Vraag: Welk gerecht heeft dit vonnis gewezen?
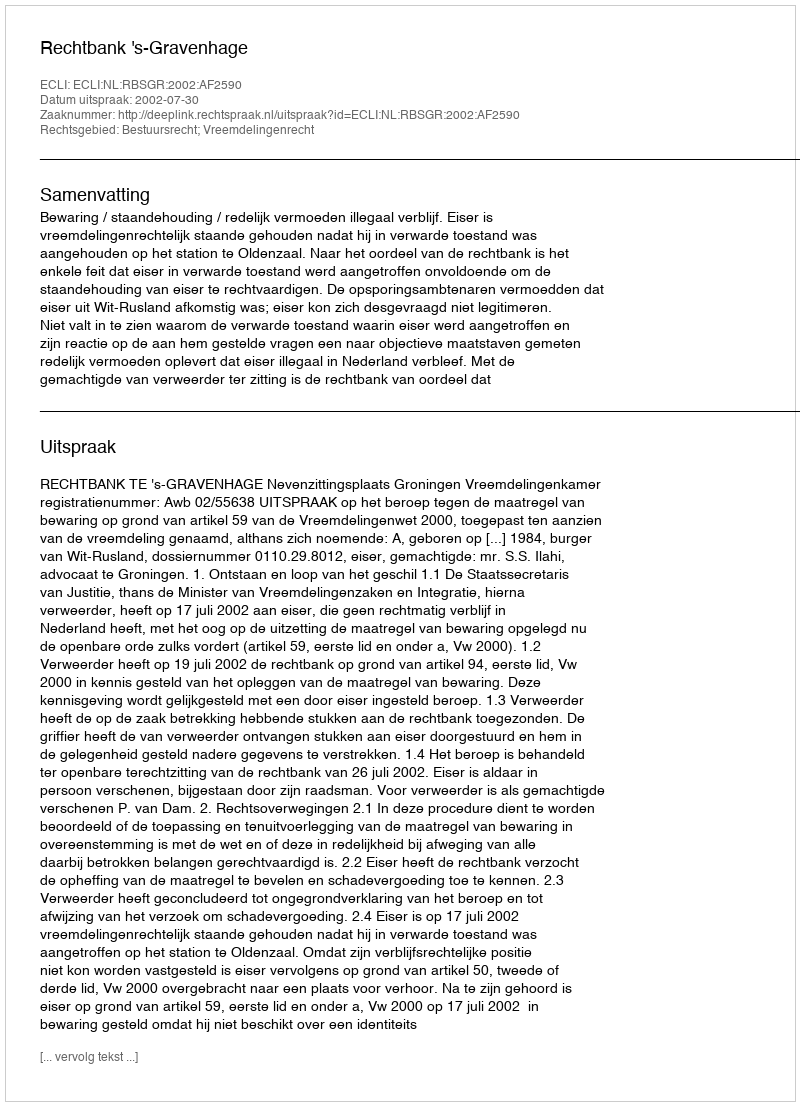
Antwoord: Rechtbank 's-Gravenhage